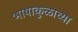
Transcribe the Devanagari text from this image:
भाषाकुळाच्या